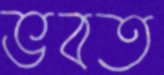
ভবত